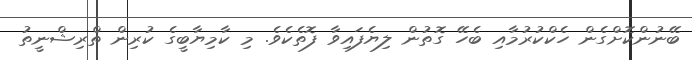
ބޭނުންކޮށްގެން ހެކްކުރުމާއި ބެހޭ ގޮތުން ލިޔެފައިވާ ފޮތެކެވެ. މި ކާމިޔާބީގެ ކުރިން ތްރިޝްނީތު